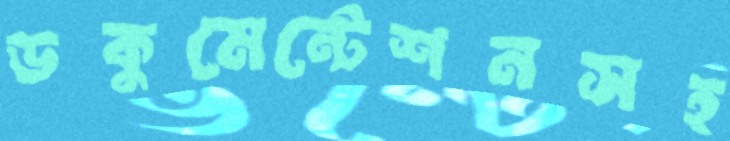
ডকুমেন্টেশনসহ